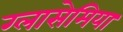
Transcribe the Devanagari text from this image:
ग्लासेमिया